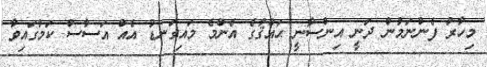
މިހާރު ފެންނަމުން ދަނީ އިންސާނީ ޙައްޤުގެ އެންމެ މައިގަނޑު އެއް އަސާސް ކަމުގައިވާ